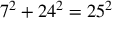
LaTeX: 7 ^ { 2 } + 2 4 ^ { 2 } = 2 5 ^ { 2 }